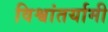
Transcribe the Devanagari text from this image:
विश्वांतर्यामी